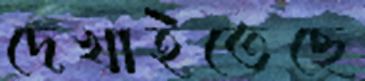
দেখাইতেছে